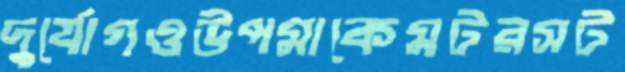
দুর্যোগওউপমাকেমটরসট